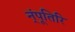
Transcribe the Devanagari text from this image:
न्ंपूतिरि